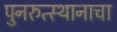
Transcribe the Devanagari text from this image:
पुनरुत्स्थानाचा